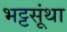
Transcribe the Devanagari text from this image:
भट्टसूंथा